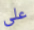
على